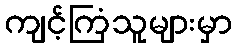
ကျင့်ကြံသူများမှာ